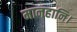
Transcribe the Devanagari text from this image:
मानहानि।